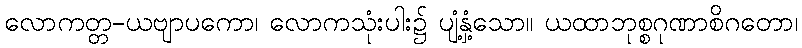
လောကတ္တ-ယဗျာပကော၊ လောကသုံးပါး၌ ပျံ့နှံ့သော။ ယထာဘုစ္စဂုဏာစိဂတော၊